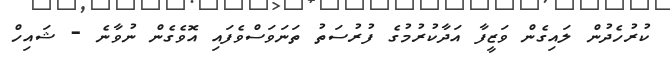
ކުރުހެދުން ލައިގެން ވަޒީފާ އަދާކުރުމުގެ ފުރުސަތު ތަނަވަސްވެފައި އޮވެގެން ނުވާނެ - ޝައިހް